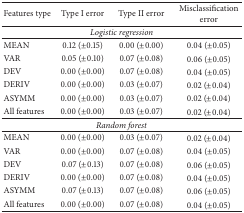
| Features type | Type I error | Type II error | Misclassification error |
 | --- | --- | --- | --- |
 | <COLSPAN=4> Logistic regression |
 | MEAN | 0.12 (±0.15) | 0.00 (±0.00) | 0.04 (±0.05) |
 | VAR | 0.05 (±0.10) | 0.07 (±0.08) | 0.06 (±0.05) |
 | DEV | 0.00 (±0.00) | 0.07 (±0.08) | 0.04 (±0.05) |
 | DERIV | 0.00 (±0.00) | 0.03 (±0.07) | 0.02 (±0.04) |
 | ASYMM | 0.00 (±0.00) | 0.03 (±0.07) | 0.02 (±0.04) |
 | All features | 0.00 (±0.00) | 0.03 (±0.07) | 0.02 (±0.04) |
 | <COLSPAN=4> Random forest |
 | MEAN | 0.00 (±0.00) | 0.03 (±0.07) | 0.02 (±0.04) |
 | VAR | 0.00 (±0.00) | 0.07 (±0.08) | 0.04 (±0.05) |
 | DEV | 0.07 (±0.13) | 0.07 (±0.08) | 0.06 (±0.05) |
 | DERIV | 0.00 (±0.00) | 0.07 (±0.08) | 0.04 (±0.05) |
 | ASYMM | 0.07 (±0.13) | 0.07 (±0.08) | 0.06 (±0.05) |
 | All features | 0.00 (±0.00) | 0.07 (±0.08) | 0.04 (±0.05) |